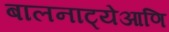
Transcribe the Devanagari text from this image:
बालनाट्येआणि